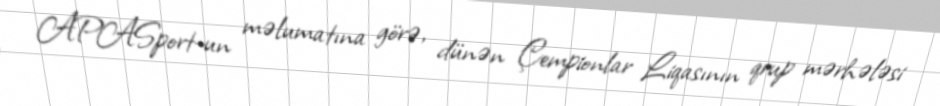
APASport-un məlumatına görə, dünən Çempionlar Liqasının qrup mərhələsi